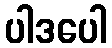
ပါဒပေါ